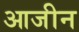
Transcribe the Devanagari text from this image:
आजीन